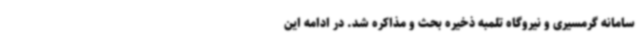
سامانه گرمسیری و نیروگاه تلمبه ذخیره بحث و مذاکره شد. در ادامه این